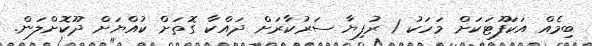
ބިމެއް އަކަފޫޓަކަށް މަހަކު 1 ރުފިޔާ ސަރުކާރަށް ދައްކާ ގޮތަށް ކުއްޔަށް ދޫކޮށްލަން.